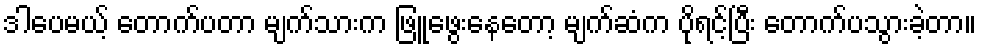
ဒါပေမယ့် တောက်ပတာ မျက်သားက ဖြူဖွေးနေတော့ မျက်ဆံက ပိုရင့်ပြီး တောက်ပသွားခဲ့တာ။